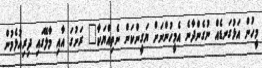
މީހުން އަޅުގަނޑެއް ނުގެންދާނެ އެމީހުންނަށް ޔަގީންކަން ނެތިއްޔަކާ" ރަށުގަ އާއި މާލޭގައި ދިރިއުޅެމުން